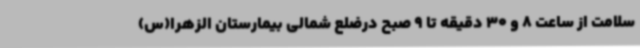
سلامت از ساعت 8 و 30 دقیقه تا 9 صبح درضلع شمالی بیمارستان الزهرا(س)